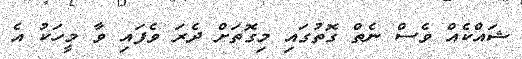
ޝައްކެއް ވެސް ނެތް ގޮތުގައި މިގޮތަށް ދެރަ ވެފައި ވާ މީހަކު އެ